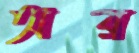
অর